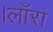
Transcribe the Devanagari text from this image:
।लाॅरा